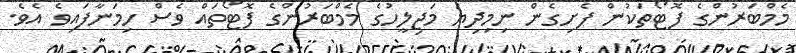
މެމްބަރުންގެ ފޮޓޯތަކުން ފެށިގެން ނިމިދިޔަ މަޖިލީހުގެ މެމްބަރުންގެ ފޮޓޯތައް ވެސް ހިމަނާފައިވެ އެވެ.